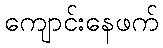
ကျောင်းနေဖက်